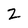
Character: z